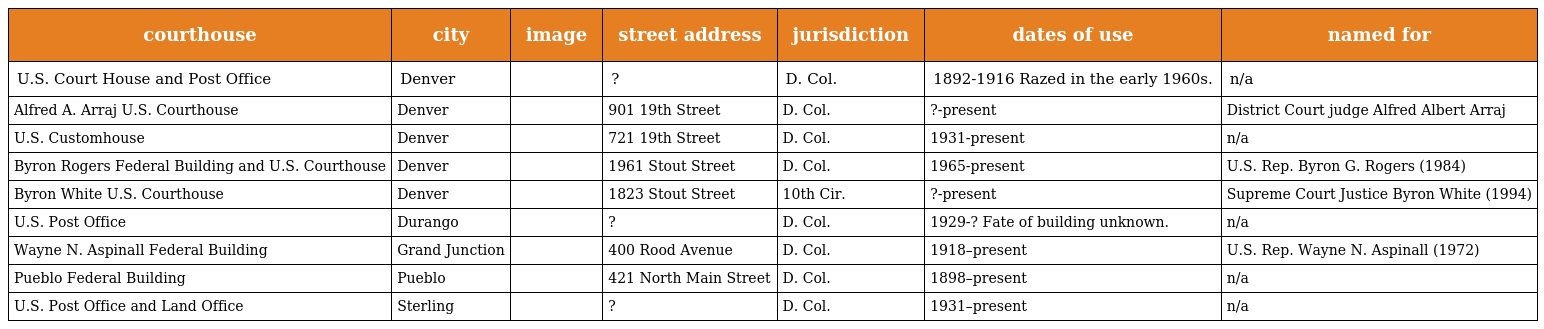
| courthouse | city | image | street address | jurisdiction | dates of use | named for |
 | --- | --- | --- | --- | --- | --- | --- |
 | U.S. Court House and Post Office | Denver |  | ? | D. Col. | 1892-1916 Razed in the early 1960s. | n/a |
 | Alfred A. Arraj U.S. Courthouse | Denver |  | 901 19th Street | D. Col. | ?-present | District Court judge Alfred Albert Arraj |
 | U.S. Customhouse | Denver |  | 721 19th Street | D. Col. | 1931-present | n/a |
 | Byron Rogers Federal Building and U.S. Courthouse | Denver |  | 1961 Stout Street | D. Col. | 1965-present | U.S. Rep. Byron G. Rogers (1984) |
 | Byron White U.S. Courthouse | Denver |  | 1823 Stout Street | 10th Cir. | ?-present | Supreme Court Justice Byron White (1994) |
 | U.S. Post Office | Durango |  | ? | D. Col. | 1929-? Fate of building unknown. | n/a |
 | Wayne N. Aspinall Federal Building | Grand Junction |  | 400 Rood Avenue | D. Col. | 1918–present | U.S. Rep. Wayne N. Aspinall (1972) |
 | Pueblo Federal Building | Pueblo |  | 421 North Main Street | D. Col. | 1898–present | n/a |
 | U.S. Post Office and Land Office | Sterling |  | ? | D. Col. | 1931–present | n/a |